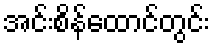
အင်းစိန်ထောင်တွင်း